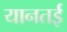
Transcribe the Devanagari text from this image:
यानतई